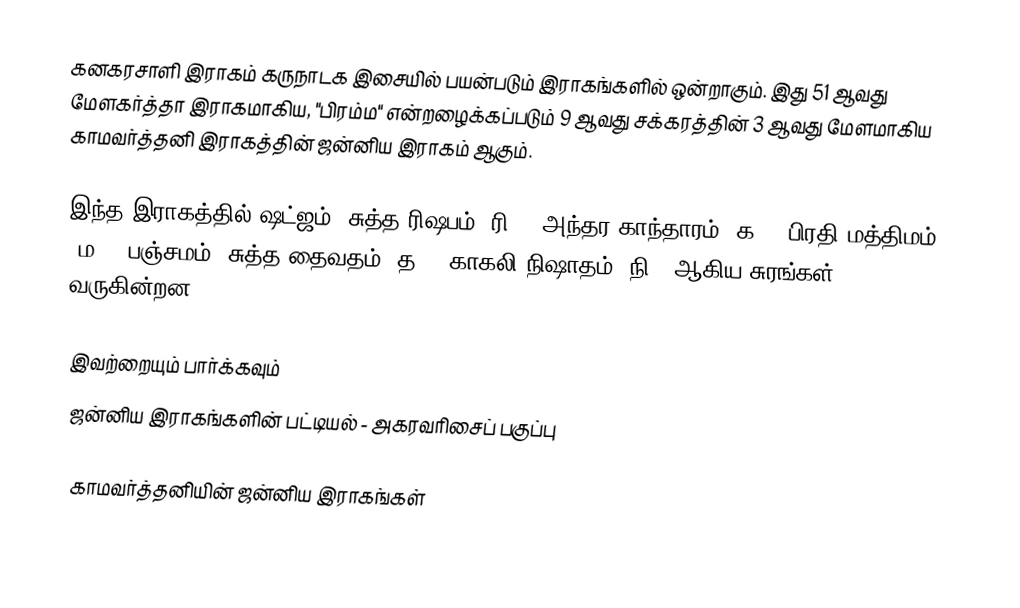
கனகரசாளி இராகம் கருநாடக இசையில் பயன்படும் இராகங்களில் ஒன்றாகும். இது 51 ஆவது மேளகர்த்தா இராகமாகிய, "பிரம்ம" என்றழைக்கப்படும் 9 ஆவது சக்கரத்தின் 3 ஆவது மேளமாகிய காமவர்த்தனி இராகத்தின் ஜன்னிய இராகம் ஆகும்.

இந்த இராகத்தில் ஷட்ஜம், சுத்த ரிஷபம் (ரி1),  அந்தர காந்தாரம் (க3), பிரதி மத்திமம் (ம2), பஞ்சமம்,  சுத்த தைவதம் (த1), காகலி நிஷாதம்  (நி3) ஆகிய சுரங்கள் வருகின்றன.

இவற்றையும் பார்க்கவும்
 ஜன்னிய இராகங்களின் பட்டியல் - அகரவரிசைப் பகுப்பு

காமவர்த்தனியின் ஜன்னிய இராகங்கள்